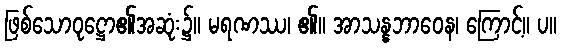
ဖြစ်သောဝုဋ္ဌော၏အဆုံး၌။ မရဏဿ၊ ၏။ အာသန္နဘာဝေန၊ ကြောင့်။ ပ။